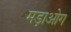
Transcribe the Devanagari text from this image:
मड़ाओग